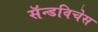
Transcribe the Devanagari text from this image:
सॅन्डविचेस